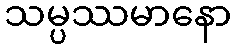
သမ္ပဿမာနော